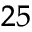
^ { 2 5 }